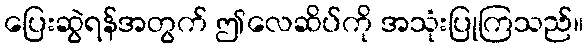
ပြေးဆွဲရန်အတွက် ဤလေဆိပ်ကို အသုံးပြုကြသည်။